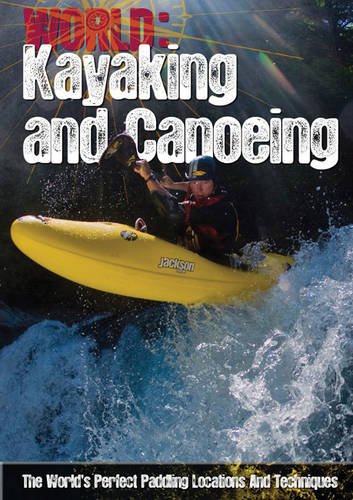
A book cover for Kayaking and Canoeing (World Sports Guide); Paul Mason; Teen & Young Adult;